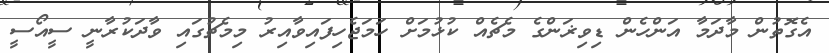
އެގޮތުން މާދަމާ އަންހެން ޑިވިޜަންގެ މެޗެއް ކުޅުމަށް ހަމަޖެހިފައިވާއިރު މިމެޗުގައި ވާދަކުރާނީ ސީއޯސީ